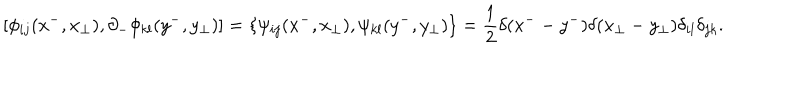
\left[ \phi _ { i j } ( x ^ { - } , x _ { \perp } ) , \partial _ { - } \phi _ { k l } ( y ^ { - } , y _ { \perp } ) \right] = \left\{ \psi _ { i j } ( x ^ { - } , x _ { \perp } ) , \psi _ { k l } ( y ^ { - } , y _ { \perp } ) \right\} = \frac { 1 } { 2 } \delta ( x ^ { - } - y ^ { - } ) \delta ( x _ { \perp } - y _ { \perp } ) \delta _ { i l } \delta _ { j k } .